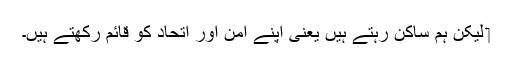
‏ لیکن ہم ساکن رہتے ہیں یعنی اپنے امن اور اِتحاد کو قائم رکھتے ہیں۔